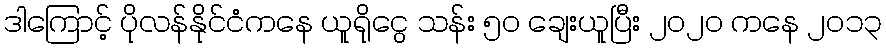
ဒါကြောင့် ပိုလန်နိုင်ငံကနေ ယူရိုငွေ သန်း ၅၀ ချေးယူပြီး ၂၀၂၀ ကနေ ၂၀၁၃